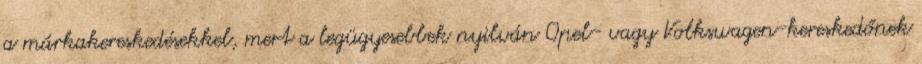
a márkakereskedésekkel, mert a legügyesebbek nyilván Opel- vagy Volkswagen-kereskedőnek